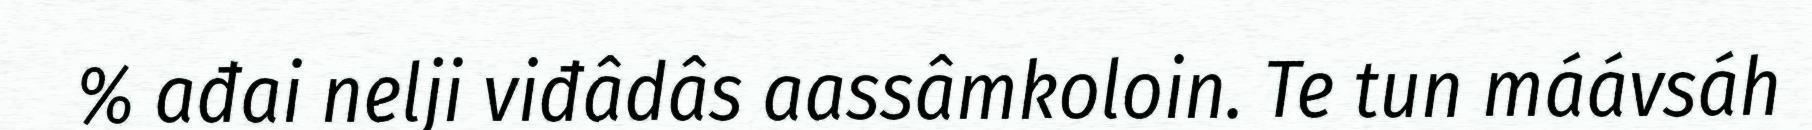
% ađai nelji viđâdâs aassâmkoloin. Te tun máávsáh